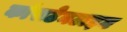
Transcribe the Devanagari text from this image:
कांसटेनटाइन